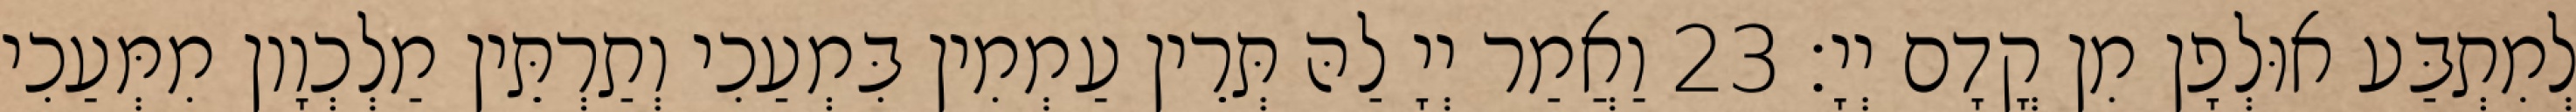
לְמִתְבַּע אוּלְפָן מִן קֳדָם יְיָ׃ 23 וַאֲמַר יְיָ לַהּ תְּרֵין עַמְמִין בִּמְעַכִי וְתַרְתֵּין מַלְכְוָון מִמְּעַכִי